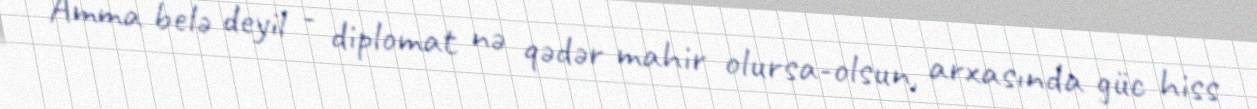
Amma belə deyil - diplomat nə qədər mahir olursa-olsun, arxasında güc hiss